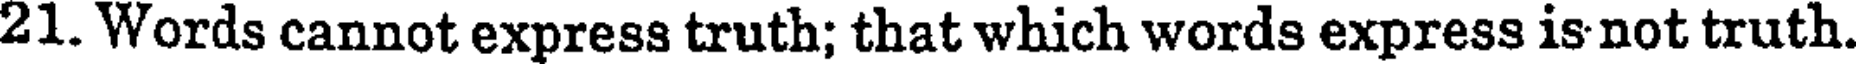
21. Words cannot express truth; that which words express is not truth.